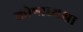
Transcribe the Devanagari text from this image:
कोषाध्यक्षा